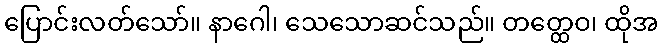
ပြောင်းလတ်သော်။ နာဂေါ၊ သေသောဆင်သည်။ တတ္ထေဝ၊ ထိုအ